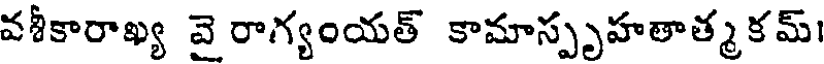
వశీకారాఖ్య వై రాగ్యంయత్ కామాస్పృహతాత్మకమ్।